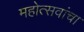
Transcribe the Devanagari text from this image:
महोत्सवांचा